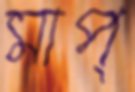
মাপ্‌